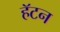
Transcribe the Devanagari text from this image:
हॅटन